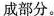
成部分。